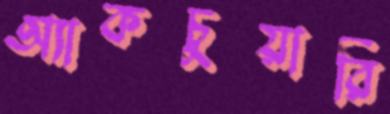
অ্যাকচুয়ারি